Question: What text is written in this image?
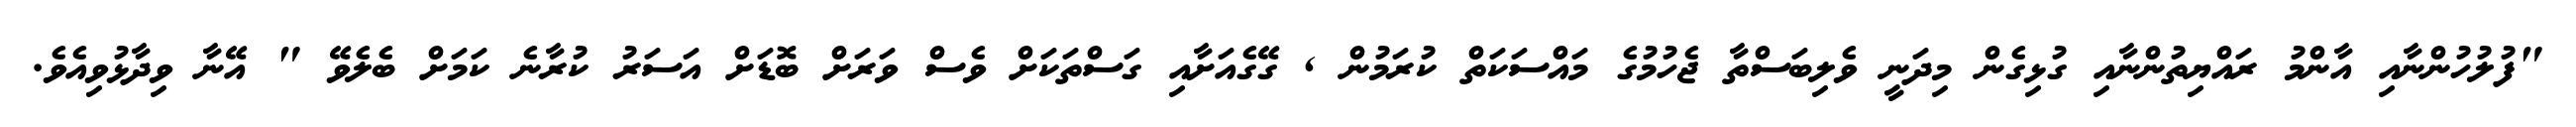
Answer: "ފުލުހުންނާއި އާންމު ރައްޔިތުންނާއި ގުޅިގެން މިދަނީ ވެލިބަސްތާ ޖެހުމުގެ މައްސަކަތް ކުރަމުން , ގޭގެއަށާއި ގަސްތަކަށް ވެސް ވަރަށް ބޮޑަށް އަސަރު ކުރާނެ ކަމަށް ބެލެވޭ " އޭނާ ވިދާޅުވިއެވެ.